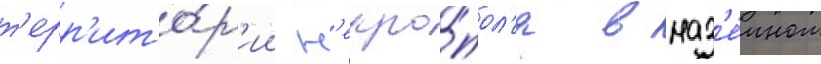
т'ерр'ито́р'ии н'екро́пол'я в наз'е́мном